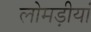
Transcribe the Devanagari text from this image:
लोमड़ीयां